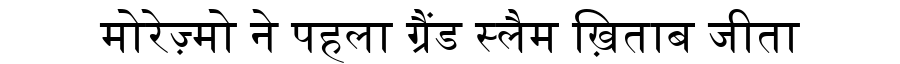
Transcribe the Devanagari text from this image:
मोरेज़्मो ने पहला ग्रैंड स्लैम ख़िताब जीता